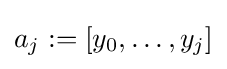
a_{j}:=[y_{0},\ldots ,y_{j}]